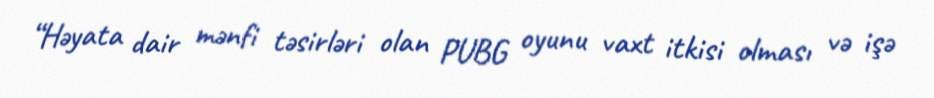
“Həyata dair mənfi təsirləri olan PUBG oyunu vaxt itkisi olması və işə